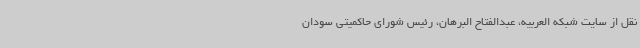
نقل از سایت شبکه العربیه، عبدالفتاح البرهان، رئیس شورای حاکمیتی سودان